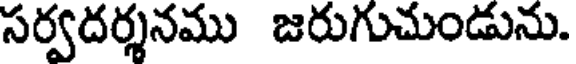
సర్వదర్శనము జరుగుచుండును.